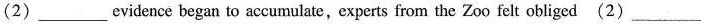
(2)___evidence began to accumulate,experts from the Zoo felt obliged (2)___